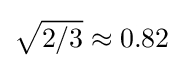
{\sqrt {2/3}}\approx 0.82